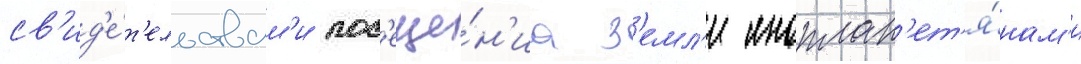
св'ид'е́т'ельствам'и пос'еще́н'иа з'емл'и иноплан'ет'я́нам'и